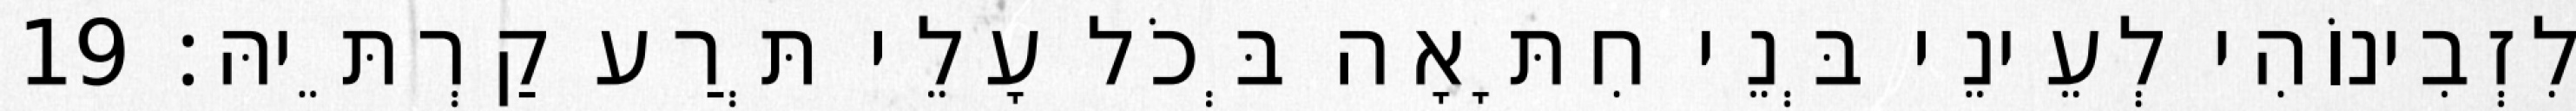
לִזְבִינוֹהִי לְעֵינֵי בְּנֵי חִתָּאָה בְּכֹל עָלֵי תְּרַע קַרְתֵּיהּ׃ 19